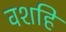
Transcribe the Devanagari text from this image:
वशहि